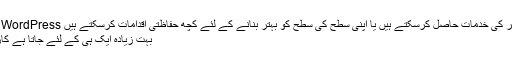
تاہم ، آپ اپنے ماہر کی خدمات حاصل کرسکتے ہیں یا اپنی سطح کی سطح کو بہتر بنانے کے لئے کچھ حفاظتی اقدامات کرسکتے ہیں WordPress سائٹ کی حفاظت
بہت زیادہ ایک ہی کے لئے جاتا ہے کارکردگی پہلو بھی۔